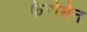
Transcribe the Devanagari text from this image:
फेरोमेन